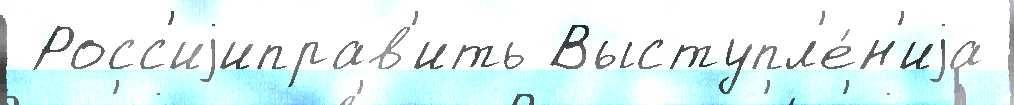
 Росс'иjиправ'ить Выступл'е́н'иjа